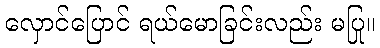
လှောင်ပြောင် ရယ်မောခြင်းလည်း မပြု။